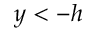
y < - h